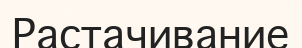
Растачивание